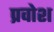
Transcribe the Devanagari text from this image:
प्रवोश